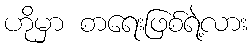
ဟိုမှာ စာရေးဖြစ်ရဲ့လား